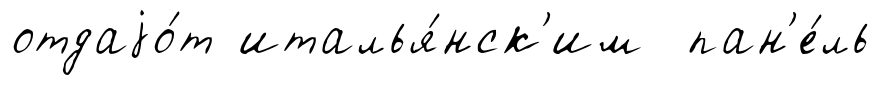
отдаjо́т италья́нск'им пан'е́ль